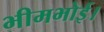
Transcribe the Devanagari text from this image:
भीमभोई।